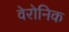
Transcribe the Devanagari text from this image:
वेरोनिक